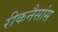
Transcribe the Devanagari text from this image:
रीकनैसांस